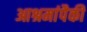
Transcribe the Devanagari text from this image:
आश्रमांपैकी